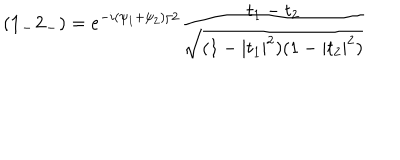
LaTeX: ( { \bf 1 _ { - } 2 _ { - } } ) = e ^ { - i { ( \psi _ { 1 } + \psi _ { 2 } ) / 2 } } \frac { t _ { 1 } - t _ { 2 } } { \sqrt { ( 1 - | t _ { 1 } | ^ { 2 } ) ( 1 - | t _ { 2 } | ^ { 2 } ) } }